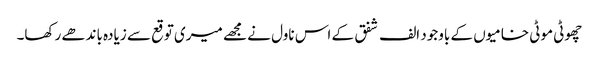
چھوٹی موٹی خامیوں کے باوجود الف شفق کے اس ناول نے مجھے میری توقع سے زیادہ باندھے رکھا۔